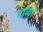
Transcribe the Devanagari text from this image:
दाव्यां